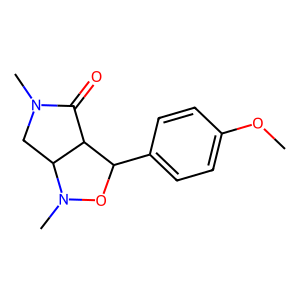
SMILES: COc1ccc(C2ON(C)C3CN(C)C(=O)C23)cc1
Inhibits HIV replication: No